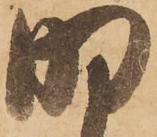
明